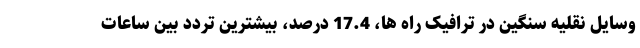
وسایل نقلیه سنگین در ترافیک راه ها، 17.4 درصد، بیشترین تردد بین ساعات